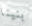
بنينا